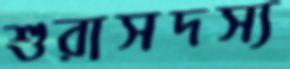
শুরাসদস্য